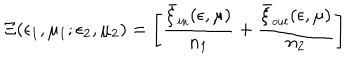
LaTeX: \Xi ( \epsilon _ { 1 } , \mu _ { 1 } ; \epsilon _ { 2 } , \mu _ { 2 } ) = \left[ { \frac { \bar { \xi } _ { \small i n } ( \epsilon , \mu ) } { n _ { 1 } } } + { \frac { \bar { \xi } _ { \small o u t } ( \epsilon , \mu ) } { n _ { 2 } } } \right]